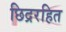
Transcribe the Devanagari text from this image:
छिद्ररहित